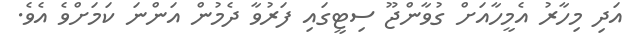
އަދި މިހާރު އެމީހާއަށް ގުވާންޖޫ ސިޓީގައި ފަރުވާ ދެމުން އަންނަ ކަމަށްވެ އެވެ.